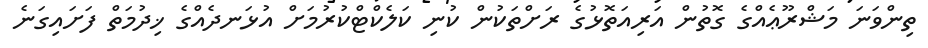
ތިންވަނަ މަޝްރޫޢެއްގެ ގޮތުން އަރިއަތޮޅުގެ ރަށްތަކުން ކުނި ކަލެކްޓްކުރުމަށް އުޅަނދެއްގެ ޚިދުމަތް ފަށައިގަނެ